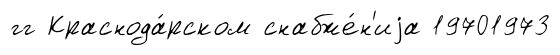
гг Краснода́рском снабже́н'иjа 19701973